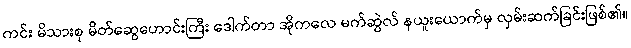
ကင်း မိသားစု မိတ်ဆွေဟောင်းကြီး ဒေါက်တာ အိုကလေ မက်ဆွဲလ် နယူးယောက်မှ လှမ်းဆက်ခြင်းဖြစ်၏။